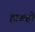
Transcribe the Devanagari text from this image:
ह्वाङहो